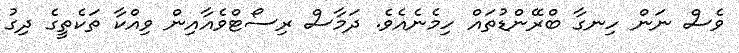
ވެސް ނަން ހިނގާ ބްރޭންޑުތައް ހިމެނެއެވެ. ދަމާސް ރިސޯޓްވެއާއިން ވިއްކާ ތަކެތީގެ ދިގު